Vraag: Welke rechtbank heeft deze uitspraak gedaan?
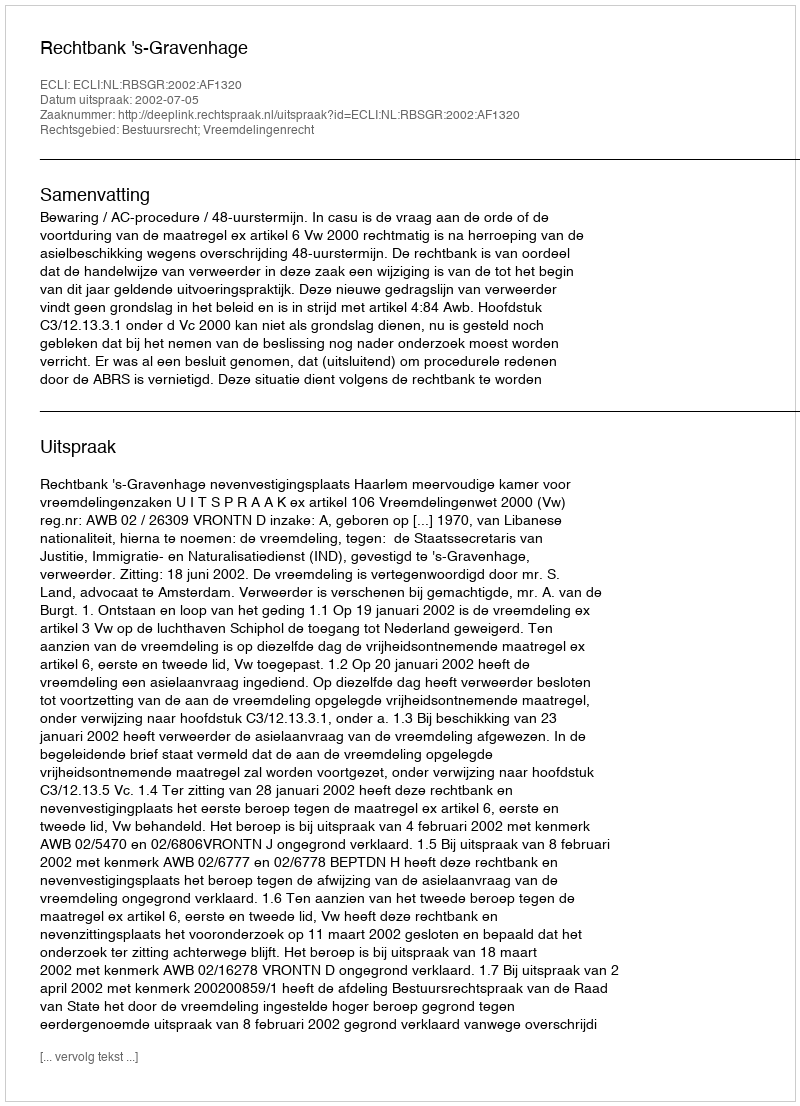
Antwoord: Rechtbank 's-Gravenhage